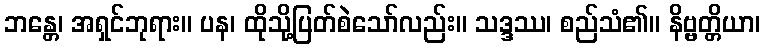
ဘန္တေ၊ အရှင်ဘုရား။ ပန၊ ထိုသို့ပြတ်စဲသော်လည်း။ သဒ္ဒဿ၊ စည်သံ၏။ နိဗ္ဗတ္တိယာ၊